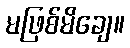
မဖြစ်မိချေ။